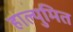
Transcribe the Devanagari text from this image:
हाल्युमित